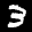
Label: 3